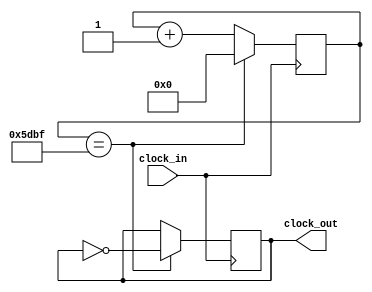
module my_clock_divider(/*AUTOARG*/
   // Outputs
   clock_out,
   // Inputs
   clock_in
   );

   parameter
     DIV_SIZE = 15,
       DIV_OVER_TWO = 24000;
   

   output reg clock_out = 0;

   input wire  clock_in;
   
   reg [DIV_SIZE-1:0]           counter=0;

   always @(posedge clock_in) begin
      if (counter == DIV_OVER_TWO-1) begin
			clock_out = ~clock_out;
			counter <= 0;
      end
		else
			counter <= counter + 1;
   end

endmodule